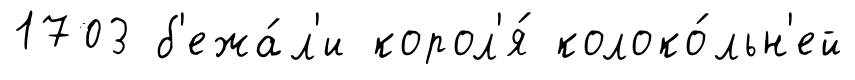
1703 б'ежа́л'и корол'я́ колоко́льн'ей